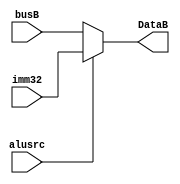
module mux_Extend(busB,imm32,alusrc,DataB);
	input wire alusrc;
	input wire[31:0] busB,imm32;
	output wire[31:0] DataB;

	assign DataB=(alusrc==0)?busB:imm32;
endmodule